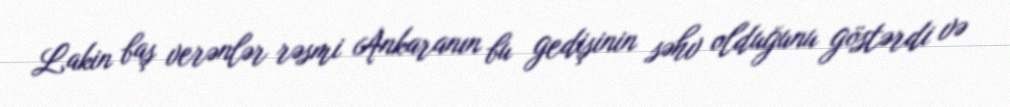
Lakin baş verənlər rəsmi Ankaranın bu gedişinin səhv olduğunu göstərdi və